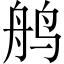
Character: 鸼